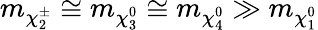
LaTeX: m_{\chi_{2}^{\pm}}\cong m_{\chi_{3}^{0}}\cong m_{\chi_{4}^{0}}\gg m_{\chi_{1}^{0}}